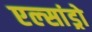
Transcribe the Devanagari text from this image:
एल्‍सांड्रो